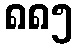
၈၈၅